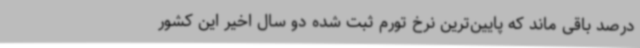
درصد باقی ماند که پایین‌ترین نرخ تورم ثبت شده دو سال اخیر این کشور